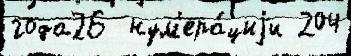
года26  нум'ера́циjи 204